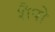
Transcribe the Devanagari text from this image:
शैपो